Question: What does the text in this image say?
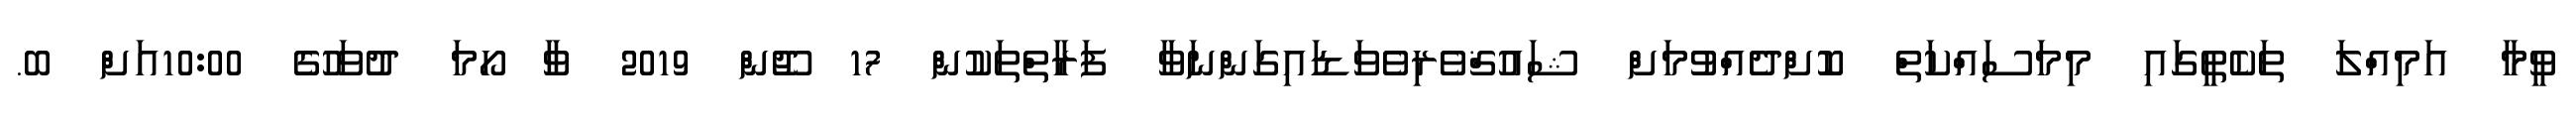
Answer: ވީމާ އަމިއްލަ ތަކެތީގައި މިމަސައްކަތް ކޮށްދެއްވުމަށް ޝައުޤްވެރިވެވަޑައިގަންނަވާ ފަރާތްތަކުން 17 ޖޫން 2019 ވާ ހޯމަ ދުވަހުގެ 10:00އަށް ބ.